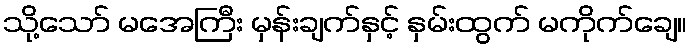
သို့သော် မအေကြီး မှန်းချက်နှင့် နှမ်းထွက် မကိုက်ချေ။